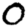
Digit: 0